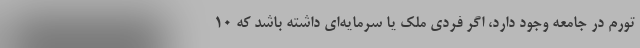
تورم در جامعه وجود دارد، اگر فردی ملک یا سرمایه‌ای داشته باشد که ۱۰